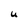
Character: U